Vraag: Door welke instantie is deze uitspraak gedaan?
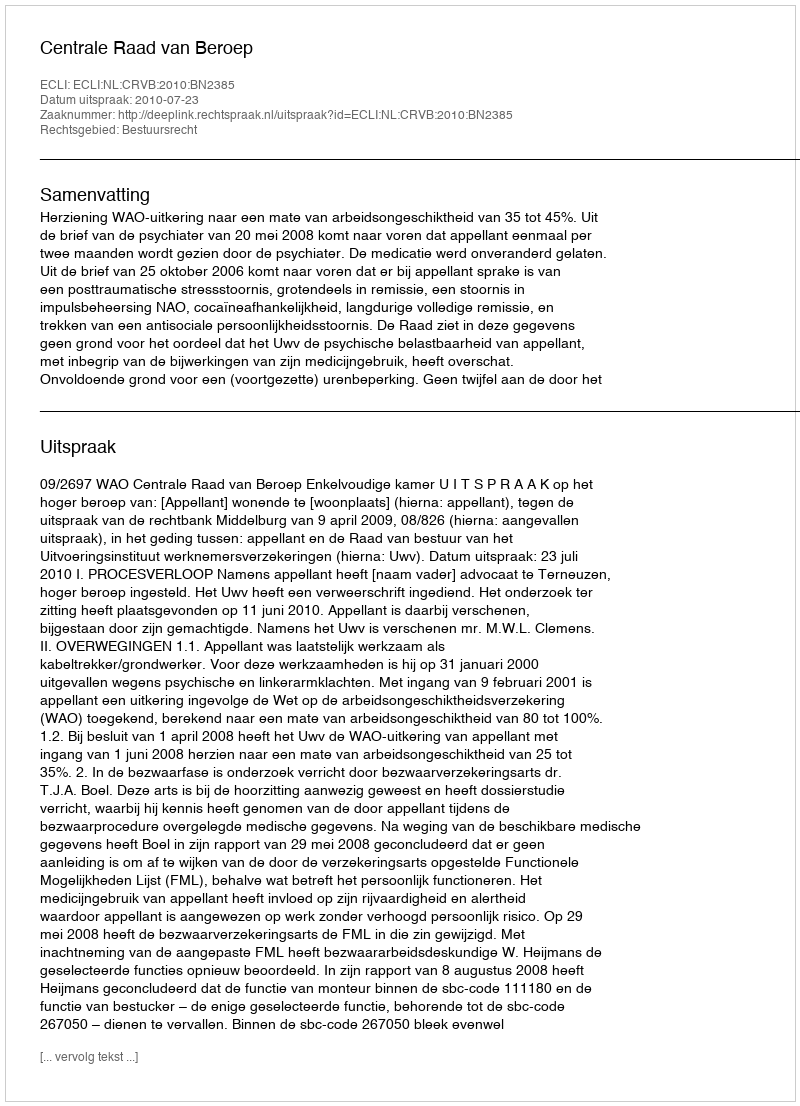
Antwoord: Centrale Raad van Beroep